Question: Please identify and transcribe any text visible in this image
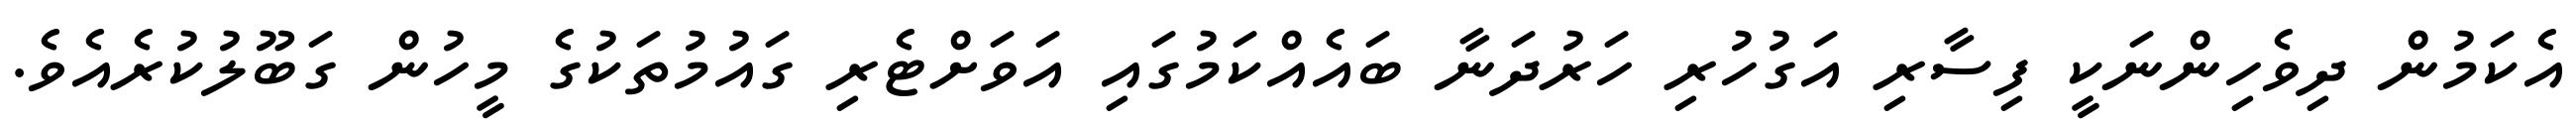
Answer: އެކަމުން ދިވެހިންނަކީ ފިސާރި އަގުހުރި ހަރުދަނާ ބައެއްކަމުގައި އަވަށްޓެރި ގައުމުތަކުގެ މީހުން ގަބޫލުކުރެއެވެ.